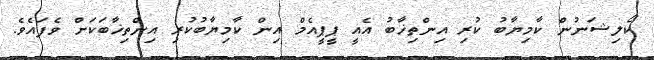
ކޯލިޝަނުން ކާމިޔާބު ކުރި އިންތިޚާބު އެއީ ޕީޕީއެމް އިން ކާމިޔާބުކުރި އިންތިޚާބަކަށް ވެފައެވެ.